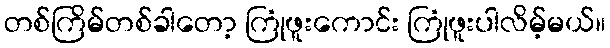
တစ်ကြိမ်တစ်ခါတော့ ကြုံဖူးကောင်း ကြုံဖူးပါလိမ့်မယ်။